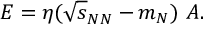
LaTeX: E = \eta ( \sqrt { s } _ { N N } - m _ { N } ) ~ A .